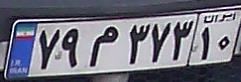
۷۹م۳۷۳۱۰